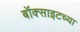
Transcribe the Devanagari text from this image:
बॉक्साइटच्या